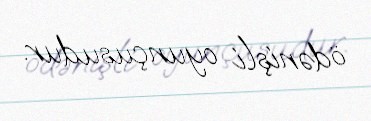
ödənişli oyunçusudur.